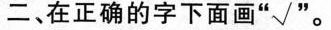
”二、在正确的字下面画”√”。